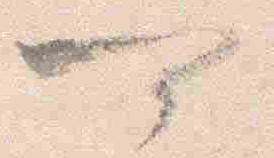
可